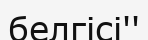
белгісі''